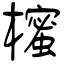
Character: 櫁